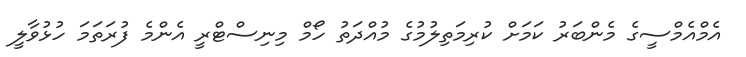
އެމްއެމްސީގެ މެންބަރު ކަމަށް ކުރިމަތިލުމުގެ މުއްދަތު ހޯމް މިނިސްޓްރީ އެންމެ ފުރަތަމަ ހުޅުވާލީ